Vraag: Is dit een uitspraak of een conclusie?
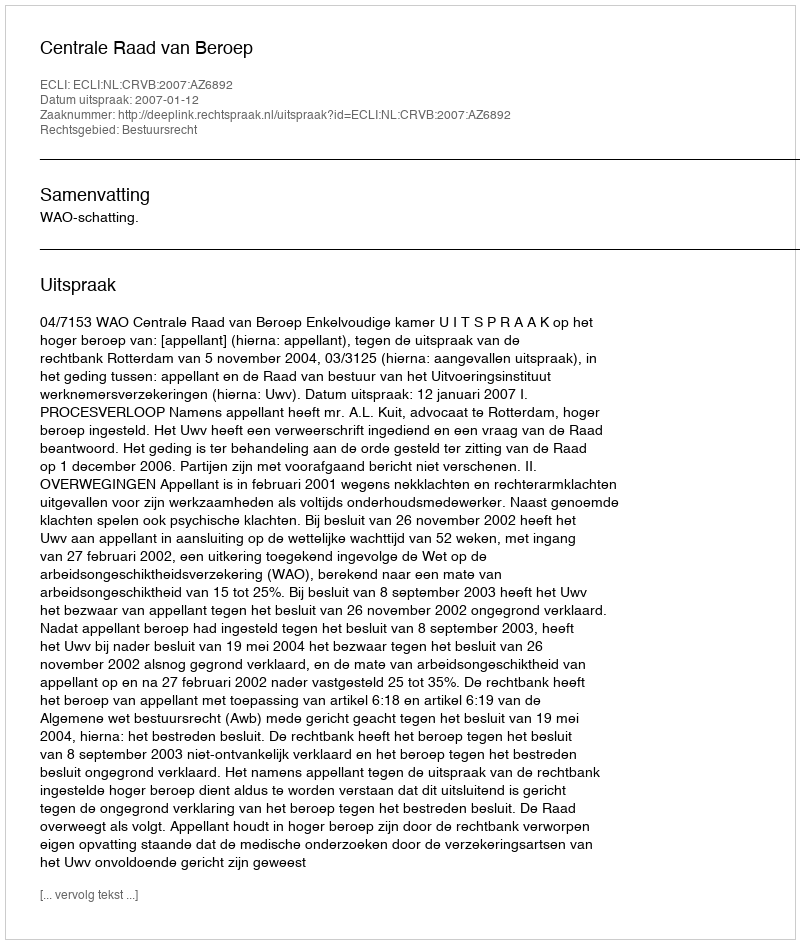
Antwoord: Uitspraak